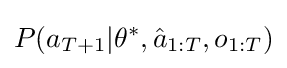
P(a_{T+1}|\theta ^{\ast },{\hat {a}}_{1:T},o_{1:T})